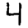
Digit: 4